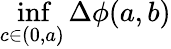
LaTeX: \operatorname*{inf}_{c\in(0,a)}\Delta\phi(a,b)